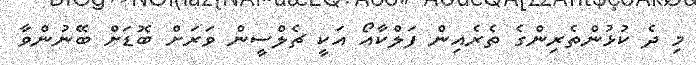
މި ދެ ކުޅުންތެރިންގެ ތެރެއިން ފަލްކާއޯ އަކީ ޗެލްސީން ވަރަށް ބޮޑަށް ބޭނުންވާ